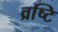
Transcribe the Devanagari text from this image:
व्रष्टि